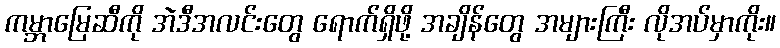
ကမ္ဘာမြေဆီကို အဲဒီအလင်းတွေ ရောက်ရှိဖို့ အချိန်တွေ အများကြီး လိုအပ်မှာကိုး။